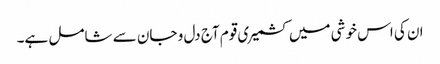
ان کی اس خوشی میں کشمیری قوم آج دل و جان سے شامل ہے۔